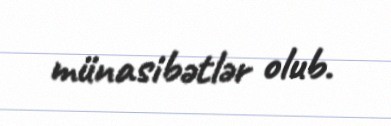
münasibətlər olub.